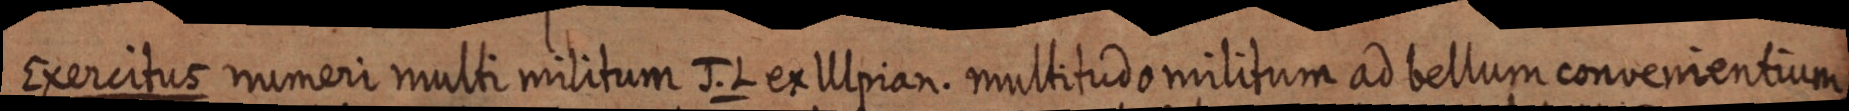
Exercitus numeri multi militum J. L ex Ulpian. multitudo militum ad bellum convenientium